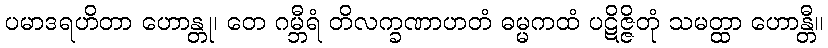
ပမာဒရဟိတာ ဟောန္တု၊ တေ ဂမ္ဘီရံ တိလက္ခဏာဟတံ ဓမ္မကထံ ပဋိဇ္ဇိတုံ သမတ္ထာ ဟောန္တီ။